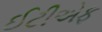
ઈટીએફ